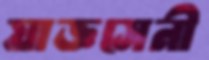
যাজ্ঞসেনী